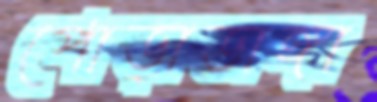
পোড়াডাঙ্গা